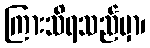
ကြားသိရသည်မှာ၊